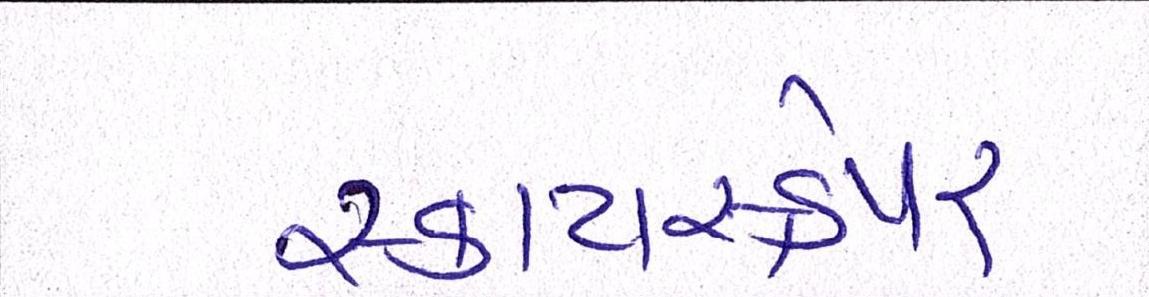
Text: સ્કાયસ્ક્રેપર